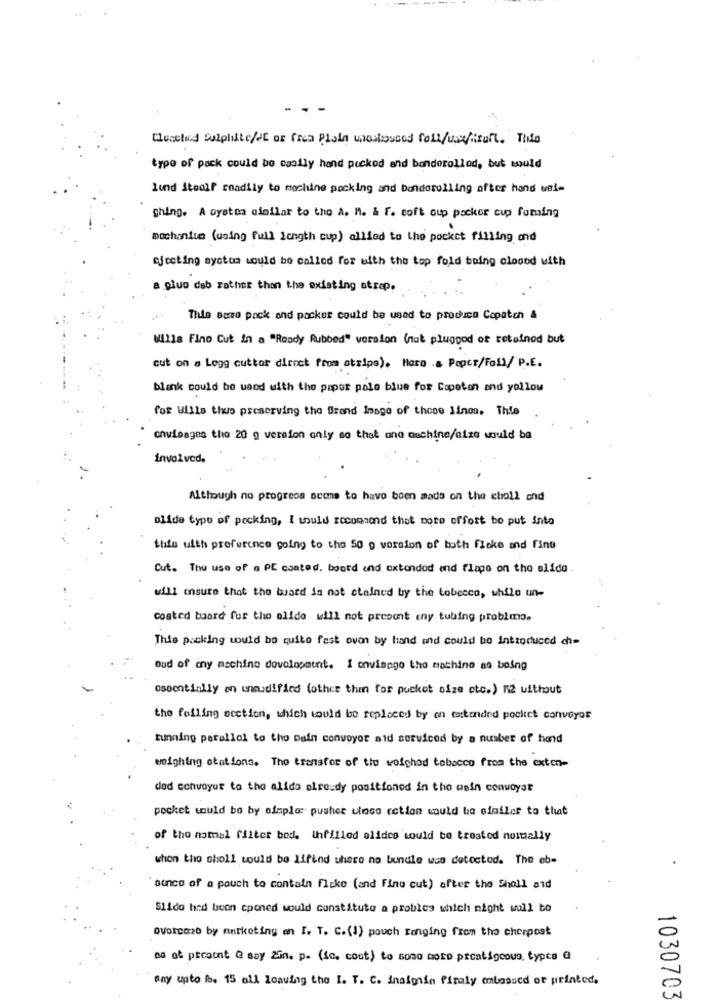
Euschied Sulphite/SE or frea Plain unoshouses foll/usefisult. This
type of pack could be caally hand picked and bondorolled, but would
lund Stealf readily to machine packing and benderolling after hand wal-
ghing. A oyetoa afollar to the a. M. & f. coft aup packer cup fuming
mochanium (using full length cup) allied to the pocket filling and
afecting ayotos would be called for with the top fold boing cloood with
a giuo dab rather than the existing strap.
Thie Base pack and pocker could be used to produce Copatch &
Willa Fino Cut In a "Ready Rubbed" version (nat pluggod of retainod but
cut on a Logg cuttar direct from atrips). Haro .a Paper/foll/ P.E.
blank could be used with the paper polo blue for Copoton and yollow
for Wills thus preserving the Brand Image of these lines. Thie
cnwieages the 20 g version only so that one machine/aize would be
involved.
Although no progress ocome to have been made on the choll and
olide type of pecking, I would recommend that more effort bo put into
this uith preference going to the 50 g version of both floke and fing
Cut. The use of a PE coated. board and oxtondod and flapo on the elido.
will ensure that the board in nat ctained by the tobecco, while un-
coated board fur the slide will not present eny tubing problmo.
This packing would be quite fest oven by hand and could be introduced ch-
oud of my machine dovolopaent. I envisage the machine as being
osoentially an unmodified (other than for puckot size etc.) n2 without
the failing section, which would be replaced by on extended pocket conveyor
tunning parallel to the pain convoyor aid serviced by a number of hond
weighing stations. The transfer of the weighed tobacco from the exten-
dad convoyur to the alido already positioned in the pain conwayat
pocket would be by aimplor pusher ulnes ration would be ofoilor to that
of tho nommal filter bod. Unfilled olides would be treated nomally
when the sholl would be lifind where no bundle was detected. The eb-
ounce of a pouch to contain ficke (and Fine cut) after the Shell and
Slide had been cponed would constitute a probles which night wull bo
QVorcono by marketing en I. T. C.(1) pouch ranging from the cherpost
0
as at present @ say Zin. p. (ic. cout) to some more prestigeous, types a
-
Any upto lo. 15 all loaving the I. T. C. inaigain firaly onbasucd of printed,
1030703